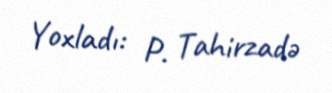
Yoxladı: P. Tahirzadə